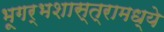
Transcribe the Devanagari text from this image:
भूगर्भशास्त्रामध्ये